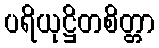
ပရိယုဋ္ဌိတစိတ္တာ